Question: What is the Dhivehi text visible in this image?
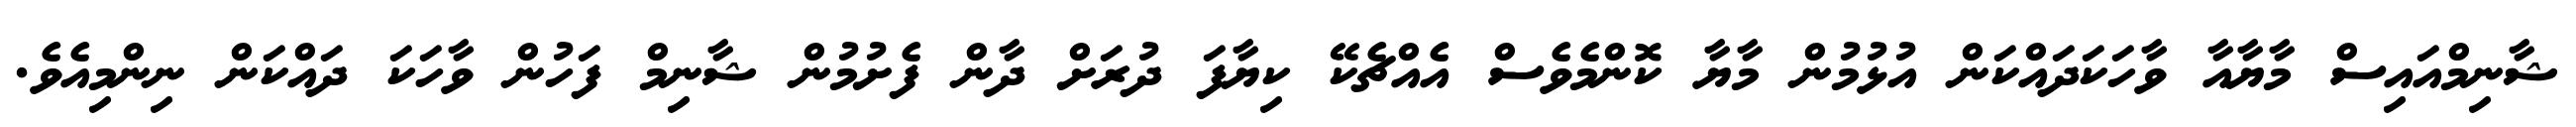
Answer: ޝާނިމްއައިސް މާޔާއާ ވާހަކަދައްކަން އުޅުމުން މާޔާ ކޮންމެވެސް އެއްޗެކޭ ކިޔާފަ ދުރަށް ދާން ފެށުމުން ޝާނިމް ފަހުން ވާހަކަ ދައްކަން ނިންމިއެވެ.